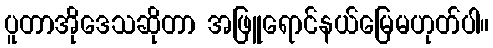
ပူတာအိုဒေသဆိုတာ အဖြူရောင်နယ်မြေမဟုတ်ပါ။